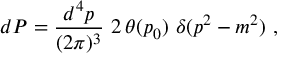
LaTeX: d P = { \frac { d ^ { 4 } p } { ( 2 \pi ) ^ { 3 } } } \, \, 2 \, \theta ( p _ { 0 } ) \, \, \delta ( p ^ { 2 } - m ^ { 2 } ) \ ,